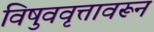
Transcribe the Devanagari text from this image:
विषुववृत्तावरून